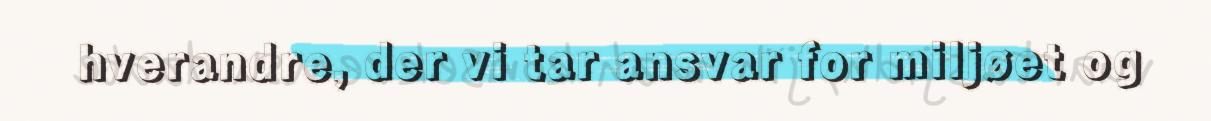
hverandre, der vi tar ansvar for miljøet og